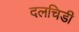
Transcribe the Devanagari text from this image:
दलचिडी